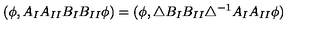
( \phi , A _ { I } A _ { I I } B _ { I } B _ { I I } \phi ) = ( \phi , \triangle B _ { I } B _ { I I } \triangle ^ { - 1 } A _ { I } A _ { I I } \phi )